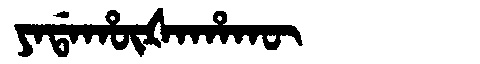
Manchu: ᠶᠠᡩᠠᡥᡡᡧᠠᡥᠠᡴᡡ
Romanization: YADAHŪŠAHAKŪ